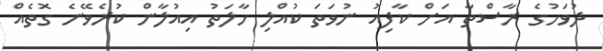
ދުވަހުގެ ރާސްތާ އަށް ކާފިއު ނުވަތަ ކުއްލި ހާލަތު އިއުލާން ކުރެވޭނެ ގޮތެއް